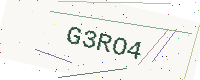
Text: G3RO4